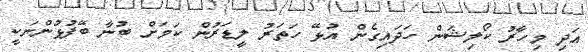
އަދި މިހާރު ކޯލިޝަން ހަދައިގެން އުޅޭ ހަތަރު ލީޑަރުން ކަމަށް ބުނާ ބޭފުޅުންނަކީ